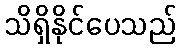
သိရှိနိုင်ပေသည်